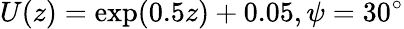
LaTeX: U(z)=\exp(0.5z)+0.05,\psi=30^{\circ}